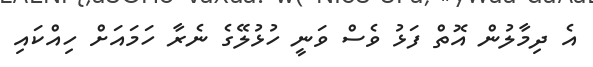
އެ ދިމާލުން އޮތް ފަޅު ވެސް ވަނީ ހުޅުލޭގެ ނެރާ ހަމައަށް ހިއްކައި